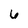
Character: 6